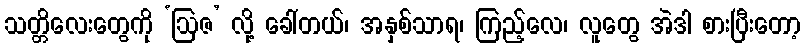
သတ္တိလေးတွေကို ‘ဩဇ’ လို့ ခေါ်တယ်၊ အနှစ်သာရ၊ ကြည့်လေ၊ လူတွေ အဲဒါ စားပြီးတော့